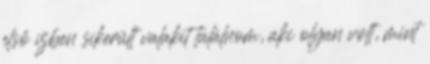
első ízben sikerült valakit találnom, aki olyan volt, mint